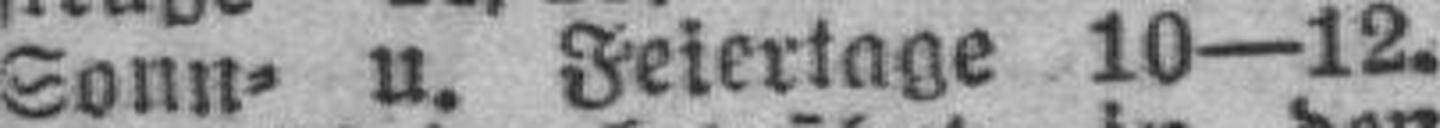
Sonn= u. Feiertage 10—12.